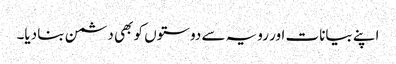
اپنے بیانات اور رویہ سے دوستوں کو بھی دشمن بنا دیا۔